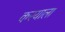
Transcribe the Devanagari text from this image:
करयाला